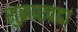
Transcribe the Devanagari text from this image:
शुक्राएवढा